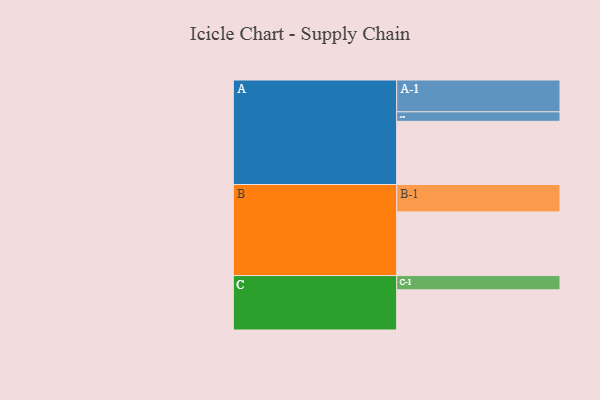
{"axis": {"x": "Segment", "y": "Value"}, "legend": ["", "A", "B", "C"], "data": [{"x": "A", "y": 540, "type": ""}, {"x": "B", "y": 544, "type": ""}, {"x": "C", "y": 343, "type": ""}, {"x": "A-1", "y": 272, "type": "A"}, {"x": "A-2", "y": 81, "type": "A"}, {"x": "B-1", "y": 234, "type": "B"}, {"x": "C-1", "y": 122, "type": "C"}]}